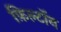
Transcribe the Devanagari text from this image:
फ़िल्टॉन